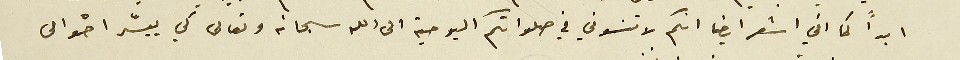
ابداً كما اني اشعر ايضا انكم لا تنسوني في صلواتكم اليومية الى الله سبحانه وتعالى كي ييسّر احوالى